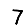
Digit: 7